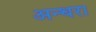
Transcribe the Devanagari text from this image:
अन्धरा